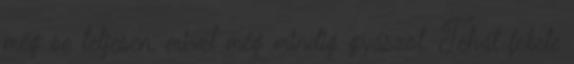
még se teljesen, mivel még mindig gyászol. Tehát fekete